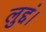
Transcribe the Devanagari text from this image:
लुद्दं।